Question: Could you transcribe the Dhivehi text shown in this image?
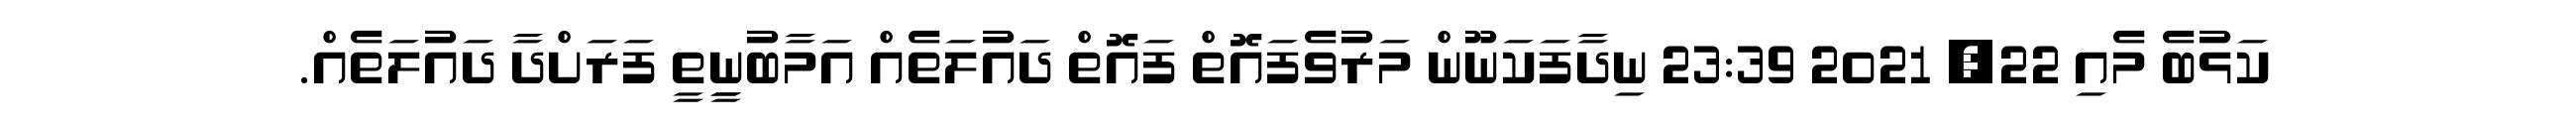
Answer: ކަޅުބެ މެއި 22, 2021 23:39 ނިދާފަކަނޫން މަރުވެފައޮތް ފައޮތް ދައުލަތެއް އަމާބުނީިތީ ފަރަށްދާ ދައުލަތެއް.